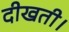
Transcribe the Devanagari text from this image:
दीखती।